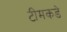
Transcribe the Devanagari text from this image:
टीमकडे